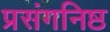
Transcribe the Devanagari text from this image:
प्रसंगनिष्ठ